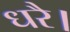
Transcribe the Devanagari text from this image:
धरै।